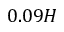
0 . 0 9 H